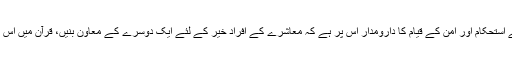
اسلامی نقطۂ نظر سے معاشرے کے استحکام اور امن کے قیام کا دارومدار اس پر ہے کہ معاشرے کے افراد خیر کے لئے ایک دوسرے کے معاون بنیں، قرآن میں اس اصول کو اس طرح بیان کیا گیا ہے۔